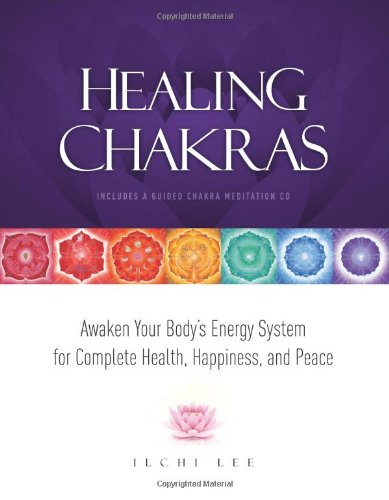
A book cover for Healing Chakras: Awaken Your Body's Energy System for Complete Health, Happiness, and Peace; Ilchi Lee; Religion & Spirituality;